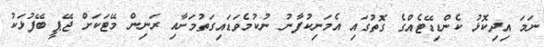
ނަމަ އިދިކޮޅު ކެންޑިޑޭޓެއްގެ ގޮތުގައި އެމަނިކުފާނު ނުކުމެވަޑައިގަތުމަށާއި ރަނިން މޭޓަކަށް ޖޭޕީ ބޭފުޅަކު